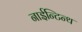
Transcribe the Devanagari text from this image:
नाईन्टिन्थ